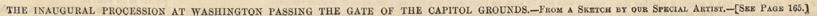

				THE INAUGURAL PROCESSION AT WASHINGTON PASSING THE GATE OF THE CAPITOL GROUNDS.-FROM A SKETCH BY OUR SPECIAL ARTIST.-[SEE PAOE 165.]